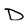
Character: D